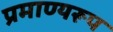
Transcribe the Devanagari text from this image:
प्रमाण्यरूप